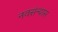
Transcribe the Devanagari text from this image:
नवसंन्यास